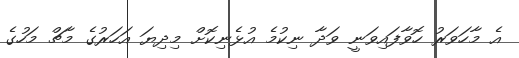
އެ މާހަވަރު ހޮވާފައިވަނީ ވަދާ ނިކުމެ އުޅެނިކޮށް މިދިޔަ އަހަރުގެ މާޗް މަހުގެ